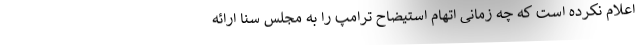
اعلام نکرده است که چه زمانی اتهام استیضاح ترامپ را به مجلس سنا ارائه